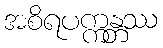
အစိရပက္ကန္တဿ